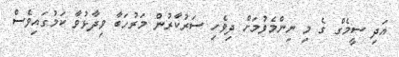
އަދި ސީމެގް ގެ މި ނިންމެވުމަށް ދިވެހި ސަރުކާރުން މަރުހަބާ ވިދާޅުވާ ކަމުގައިވެސް